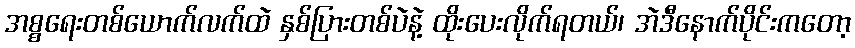
အစ္စရေးတစ်ယောက်လက်ထဲ နှစ်ပြားတစ်ပဲနဲ့ ထိုးပေးလိုက်ရတယ်၊ အဲဒီနောက်ပိုင်းကတော့